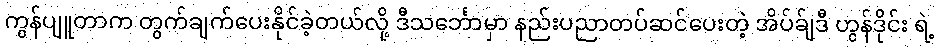
ကွန်ပျူတာက တွက်ချက်ပေးနိုင်ခဲ့တယ်လို့ ဒီသင်္ဘောမှာ နည်းပညာတပ်ဆင်ပေးတဲ့ အိပ်ခ်ျဒီ ဟွန်ဒိုင်း ရဲ့